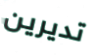
تديرين